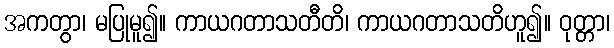
အကတွာ၊ မပြုမူ၍။ ကာယဂတာသတီတိ၊ ကာယဂတာသတိဟူ၍။ ဝုတ္တာ၊